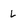
Character: L